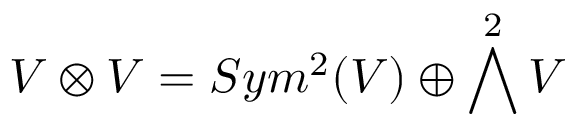
V \otimes V = S y m ^ { 2 } ( V ) \oplus \bigwedge ^ { 2 } V